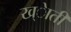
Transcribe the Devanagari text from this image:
ख्ेाती